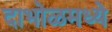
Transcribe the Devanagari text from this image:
दाभोळमध्ये